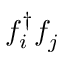
f _ { i } ^ { { \dagger } } f _ { j } ^ { \phantom { \dagger } }